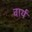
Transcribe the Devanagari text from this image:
वार्यं